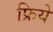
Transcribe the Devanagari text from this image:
फ्रिये